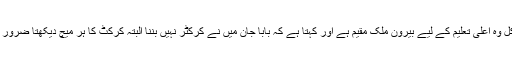
آج کل وہ اعلیٰ تعلیم کے لیے بیرونِ ملک مقیم ہے اور کہتا ہے کہ بابا جان مَیں نے کرکٹر نہیں بننا البتہ کرکٹ کا ہر میچ دیکھتا ضرور ہے۔